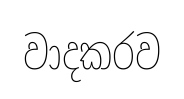
වාදකරව